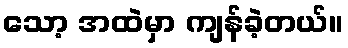
သော့ အထဲမှာ ကျန်ခဲ့တယ်။